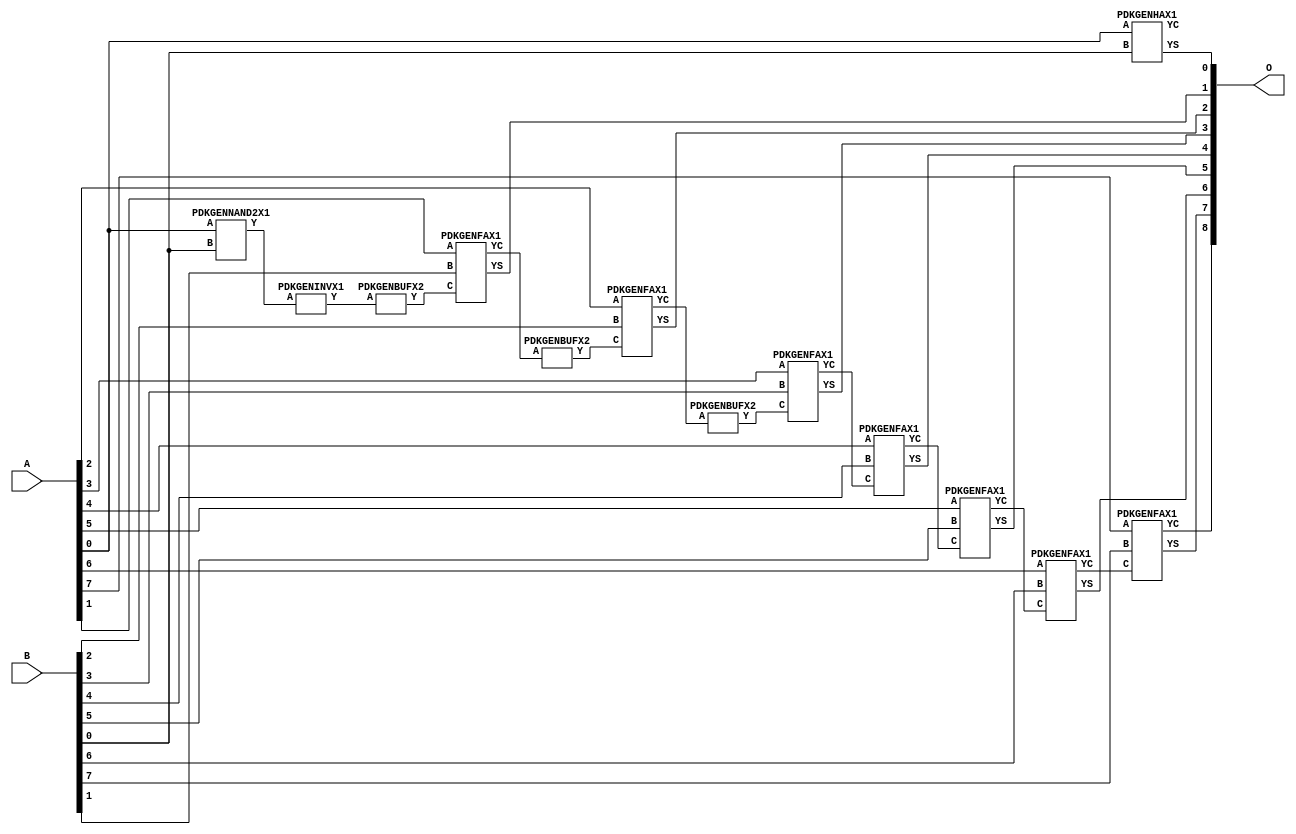
// Library = EvoApprox8b
// Circuit = add8_452
// Area   (180) = 1032
// Delay  (180) = 1.810
// Power  (180) = 370.50
// Area   (45) = 77
// Delay  (45) = 0.710
// Power  (45) = 35.05
// Nodes = 13
// HD = 0
// MAE = 0.00000
// MSE = 0.00000
// MRE = 0.00 %
// WCE = 0
// WCRE = 0 %
// EP = 0.0 %

module add8_452(A, B, O);
  input [7:0] A;
  input [7:0] B;
  output [8:0] O;
  wire [2031:0] N;

  assign N[0] = A[0];
  assign N[1] = A[0];
  assign N[2] = A[1];
  assign N[3] = A[1];
  assign N[4] = A[2];
  assign N[5] = A[2];
  assign N[6] = A[3];
  assign N[7] = A[3];
  assign N[8] = A[4];
  assign N[9] = A[4];
  assign N[10] = A[5];
  assign N[11] = A[5];
  assign N[12] = A[6];
  assign N[13] = A[6];
  assign N[14] = A[7];
  assign N[15] = A[7];
  assign N[16] = B[0];
  assign N[17] = B[0];
  assign N[18] = B[1];
  assign N[19] = B[1];
  assign N[20] = B[2];
  assign N[21] = B[2];
  assign N[22] = B[3];
  assign N[23] = B[3];
  assign N[24] = B[4];
  assign N[25] = B[4];
  assign N[26] = B[5];
  assign N[27] = B[5];
  assign N[28] = B[6];
  assign N[29] = B[6];
  assign N[30] = B[7];
  assign N[31] = B[7];

  PDKGENNAND2X1 n32(.A(N[0]), .B(N[16]), .Y(N[32]));
  PDKGENINVX1 n42(.A(N[32]), .Y(N[42]));
  assign N[43] = N[42];
  PDKGENBUFX2 n50(.A(N[43]), .Y(N[50]));
  PDKGENHAX1 n76(.A(N[0]), .B(N[16]), .YS(N[76]), .YC(N[77]));
  PDKGENFAX1 n82(.A(N[2]), .B(N[18]), .C(N[50]), .YS(N[82]), .YC(N[83]));
  PDKGENBUFX2 n114(.A(N[83]), .Y(N[114]));
  PDKGENFAX1 n132(.A(N[4]), .B(N[20]), .C(N[114]), .YS(N[132]), .YC(N[133]));
  PDKGENBUFX2 n174(.A(N[133]), .Y(N[174]));
  PDKGENFAX1 n182(.A(N[6]), .B(N[22]), .C(N[174]), .YS(N[182]), .YC(N[183]));
  PDKGENFAX1 n232(.A(N[8]), .B(N[24]), .C(N[183]), .YS(N[232]), .YC(N[233]));
  PDKGENFAX1 n282(.A(N[10]), .B(N[26]), .C(N[233]), .YS(N[282]), .YC(N[283]));
  PDKGENFAX1 n332(.A(N[12]), .B(N[28]), .C(N[283]), .YS(N[332]), .YC(N[333]));
  PDKGENFAX1 n382(.A(N[14]), .B(N[30]), .C(N[333]), .YS(N[382]), .YC(N[383]));

  assign O[0] = N[76];
  assign O[1] = N[82];
  assign O[2] = N[132];
  assign O[3] = N[182];
  assign O[4] = N[232];
  assign O[5] = N[282];
  assign O[6] = N[332];
  assign O[7] = N[382];
  assign O[8] = N[383];

endmodule
/* mod */
module PDKGENHAX1( input A, input B, output YS, output YC );
    assign YS = A ^ B;
    assign YC = A & B;
endmodule
/* mod */
module PDKGENINVX1(input A, output Y );
     assign Y = ~A;
endmodule
/* mod */
module PDKGENFAX1( input A, input B, input C, output YS, output YC );
    assign YS = (A ^ B) ^ C;
    assign YC = (A & B) | (B & C) | (A & C);
endmodule
/* mod */
module PDKGENBUFX2(input A, output Y );
     assign Y = A;
endmodule
/* mod */
module PDKGENNAND2X1(input A, input B, output Y );
     assign Y = ~(A & B);
endmodule